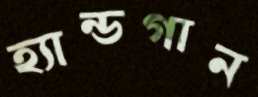
হ্যান্ডগান